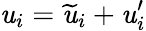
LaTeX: \mathit{u}_{i}=\widetilde{{\mathit{u}}}_{i}+\mathit{u}_{i}^{\prime}